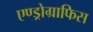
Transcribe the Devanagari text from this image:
एण्ड्रोग्राफिस